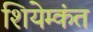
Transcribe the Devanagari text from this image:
शियेम्कंत